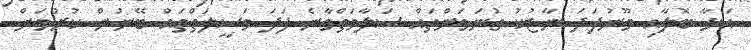
އަޅާ ބޮލާއި މޫނުފަދަ ނާޒުކު ގުނަވަންތައް ސަލާމަތްވާނެ ފަދަ ވަސީލަތްތައް ބޭނުން ކުރުމަށް